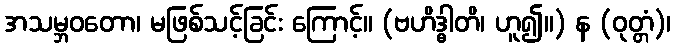
အသမ္ဘဝတော၊ မဖြစ်သင့်ခြင်း ကြောင့်။ (ဗဟိဒ္ဓါတိ၊ ဟူ၍။) န (ဝုတ္တံ)၊